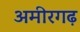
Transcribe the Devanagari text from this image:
अमीरगढ़